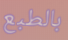
بالطبع